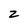
Character: 2